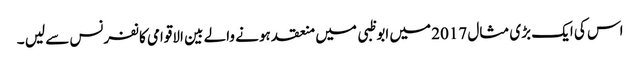
اس کی ایک بڑی مثال 2017 میں ابوظبی میں منعقد ہونے والے بین الاقوامی کانفرنس سے لیں ۔